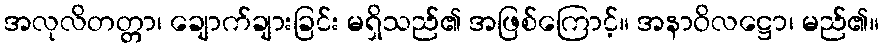
အလုလိတတ္တာ၊ ချောက်ချားခြင်း မရှိသည်၏ အဖြစ်ကြောင့်။ အနာဝိလဋ္ဌော၊ မည်၏။